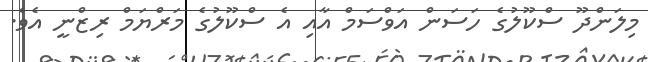
މިލަންދޫ ސްކޫލުގެ ހަސަން އަވްސަމް އާއި އެ ސްކޫލުގެ މަރްޔަމް ރިޒްނީ އެވެ.